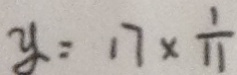
y = 1 7 \times \frac { 1 } { 1 1 }